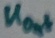
Text: UOut